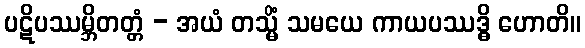
ပဋိပဿမ္ဘိတတ္တံ - အယံ တသ္မိံ သမယေ ကာယပဿဒ္ဓိ ဟောတိ။